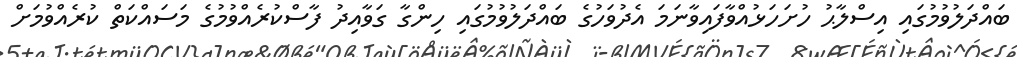
ބައްދަލުވުމުގައި އިސްލާޙު ހުށަހަޅުއްވާފައިވާނަމަ އެދުވަހުގެ ބައްދަލުވުމުގައި ހިންގާ ގަވާއިދު ފާސްކުރެއްވުމުގެ މަސައްކަތް ކުރެއްވުމަށް